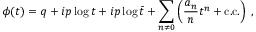
\phi ( t ) = q + i p \log { t } + i p \log { \bar { t } } + \sum _ { n \neq 0 } \left( \frac { a _ { n } } { n } t ^ { n } + \mathrm { c . c . } \right) \; ,